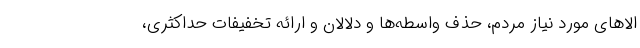
الاهای مورد نیاز مردم، حذف واسطه‌ها و دلالان و ارائه تخفیفات حداکثری،